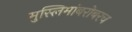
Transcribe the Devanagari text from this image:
मुस्लिमांबरोबरच